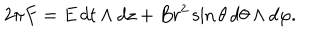
LaTeX: 2 \pi F = E \, d t \land d z + B r ^ { 2 } \sin \theta \, d \theta \land d \varphi .